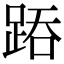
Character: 𨁇